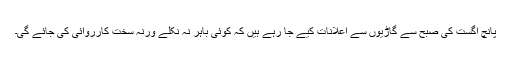
پانچ اگست کی صبح سے گاڑیوں سے اعلانات کیے جا رہے ہیں کہ کوئی باہر نہ نکلے ورنہ سخت کارروائی کی جائے گی۔